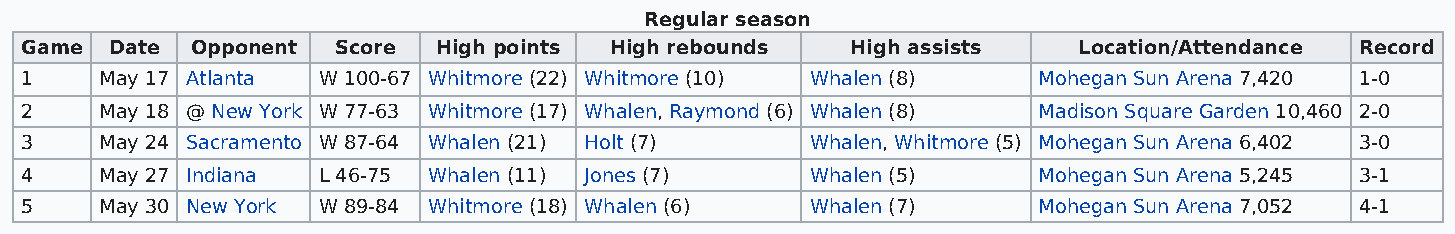
Regular season
 Game  Date  Opponent Score  High points High rebounds  High assists   Location/Attendance Record
 1     May 17 Atlanta W 100-67 Whitmore (22) Whitmore (10) Whalen (8) Mohegan Sun Arena 7,420 1-0
 2     May 18 @ New York W 77-63 Whitmore (17) Whalen, Raymond (6) Whalen (8) Madison Square Garden 10,460 2-0
 3     May 24 Sacramento W 87-64 Whalen (21) Holt (7) Whalen, Whitmore (5) Mohegan Sun Arena 6,402 3-0
 4     May 27 Indiana L 46-75 Whalen (11) Jones (7)   Whalen (5)     Mohegan Sun Arena 5,245 3-1
 5     May 30 New York W 89-84 Whitmore (18) Whalen (6) Whalen (7)   Mohegan Sun Arena 7,052 4-1